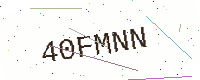
Text: 40FMNN